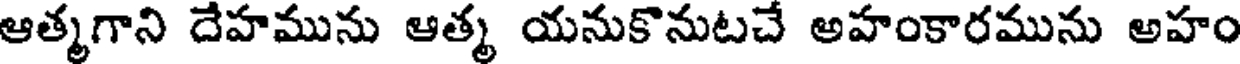
ఆత్మగాని దేహమును ఆత్మ యనుకొనుటచే అహంకారమును అహం